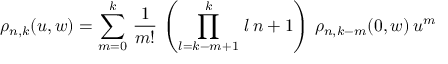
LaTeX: \rho _ { n , k } ( u , w ) = \sum _ { m = 0 } ^ { k } \, \frac { 1 } { m ! } \, \left( \prod _ { l = k - m + 1 } ^ { k } \, l \, n + 1 \right) \, \rho _ { n , k - m } ( 0 , w ) \, u ^ { m }